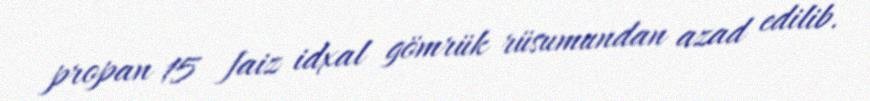
propan 15 faiz idxal gömrük rüsumundan azad edilib.